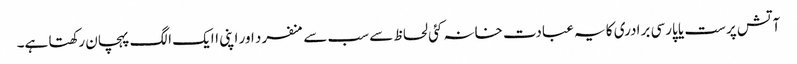
آتش پرست یا پارسی برادری کا یہ عبادت خانہ کئی لحاظ سے سب سے منفرد اور اپنی اایک الگ پہچان رکھتا ہے۔